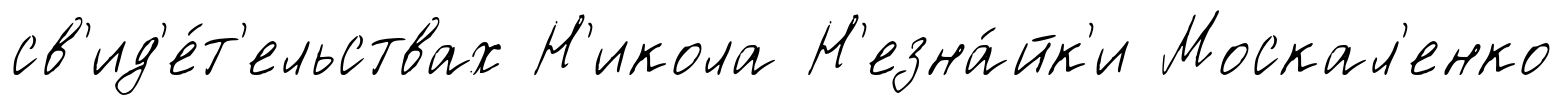
св'ид'е́т'ельствах Н'икола Н'езна́йк'и Москал'енко